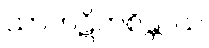
သာကဋိကစိန္တာယ